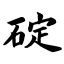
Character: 碇